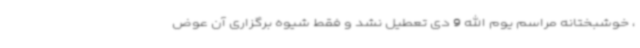
، خوشبختانه مراسم یوم الله 9 دی تعطیل نشد و فقط شیوه برگزاری آن عوض